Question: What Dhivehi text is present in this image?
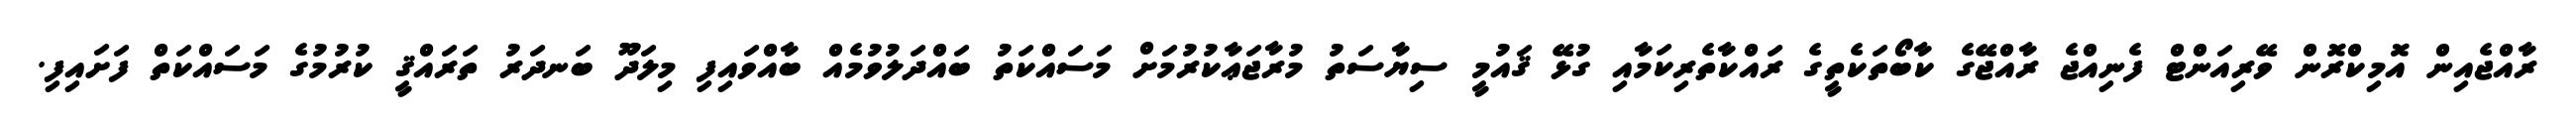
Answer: ރާއްޖެއިން އޮމިކްރޮން ވޭރިއަންޓް ފެނިއްޖެ ރާއްޖޭގެ ކާބޯތަކެތީގެ ރައްކާތެރިކަމާއި ގުޅޭ ޤައުމީ ސިޔާސަތު މުރާޖަޢާކުރުމަށް މަސައްކަތު ބައްދަލުވުމެއް ބާއްވައިފި މިލަދޫ ބަނދަރު ތަރައްޤީ ކުރުމުގެ މަސައްކަތް ފަށައިފި.